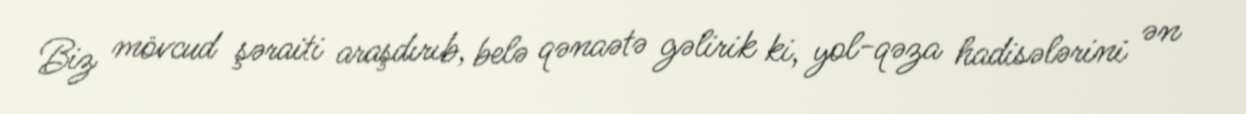
Biz mövcud şəraiti araşdırıb, belə qənaətə gəlirik ki, yol-qəza hadisələrini ən